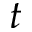
t